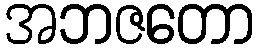
အဘဇတော